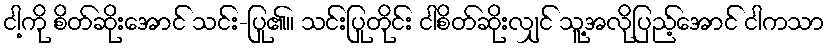
ငါ့ကို စိတ်ဆိုးအောင် သင်း-ပြု၏။ သင်းပြုတိုင်း ငါစိတ်ဆိုးလျှင် သူ့အလိုပြည့်အောင် ငါကသာ